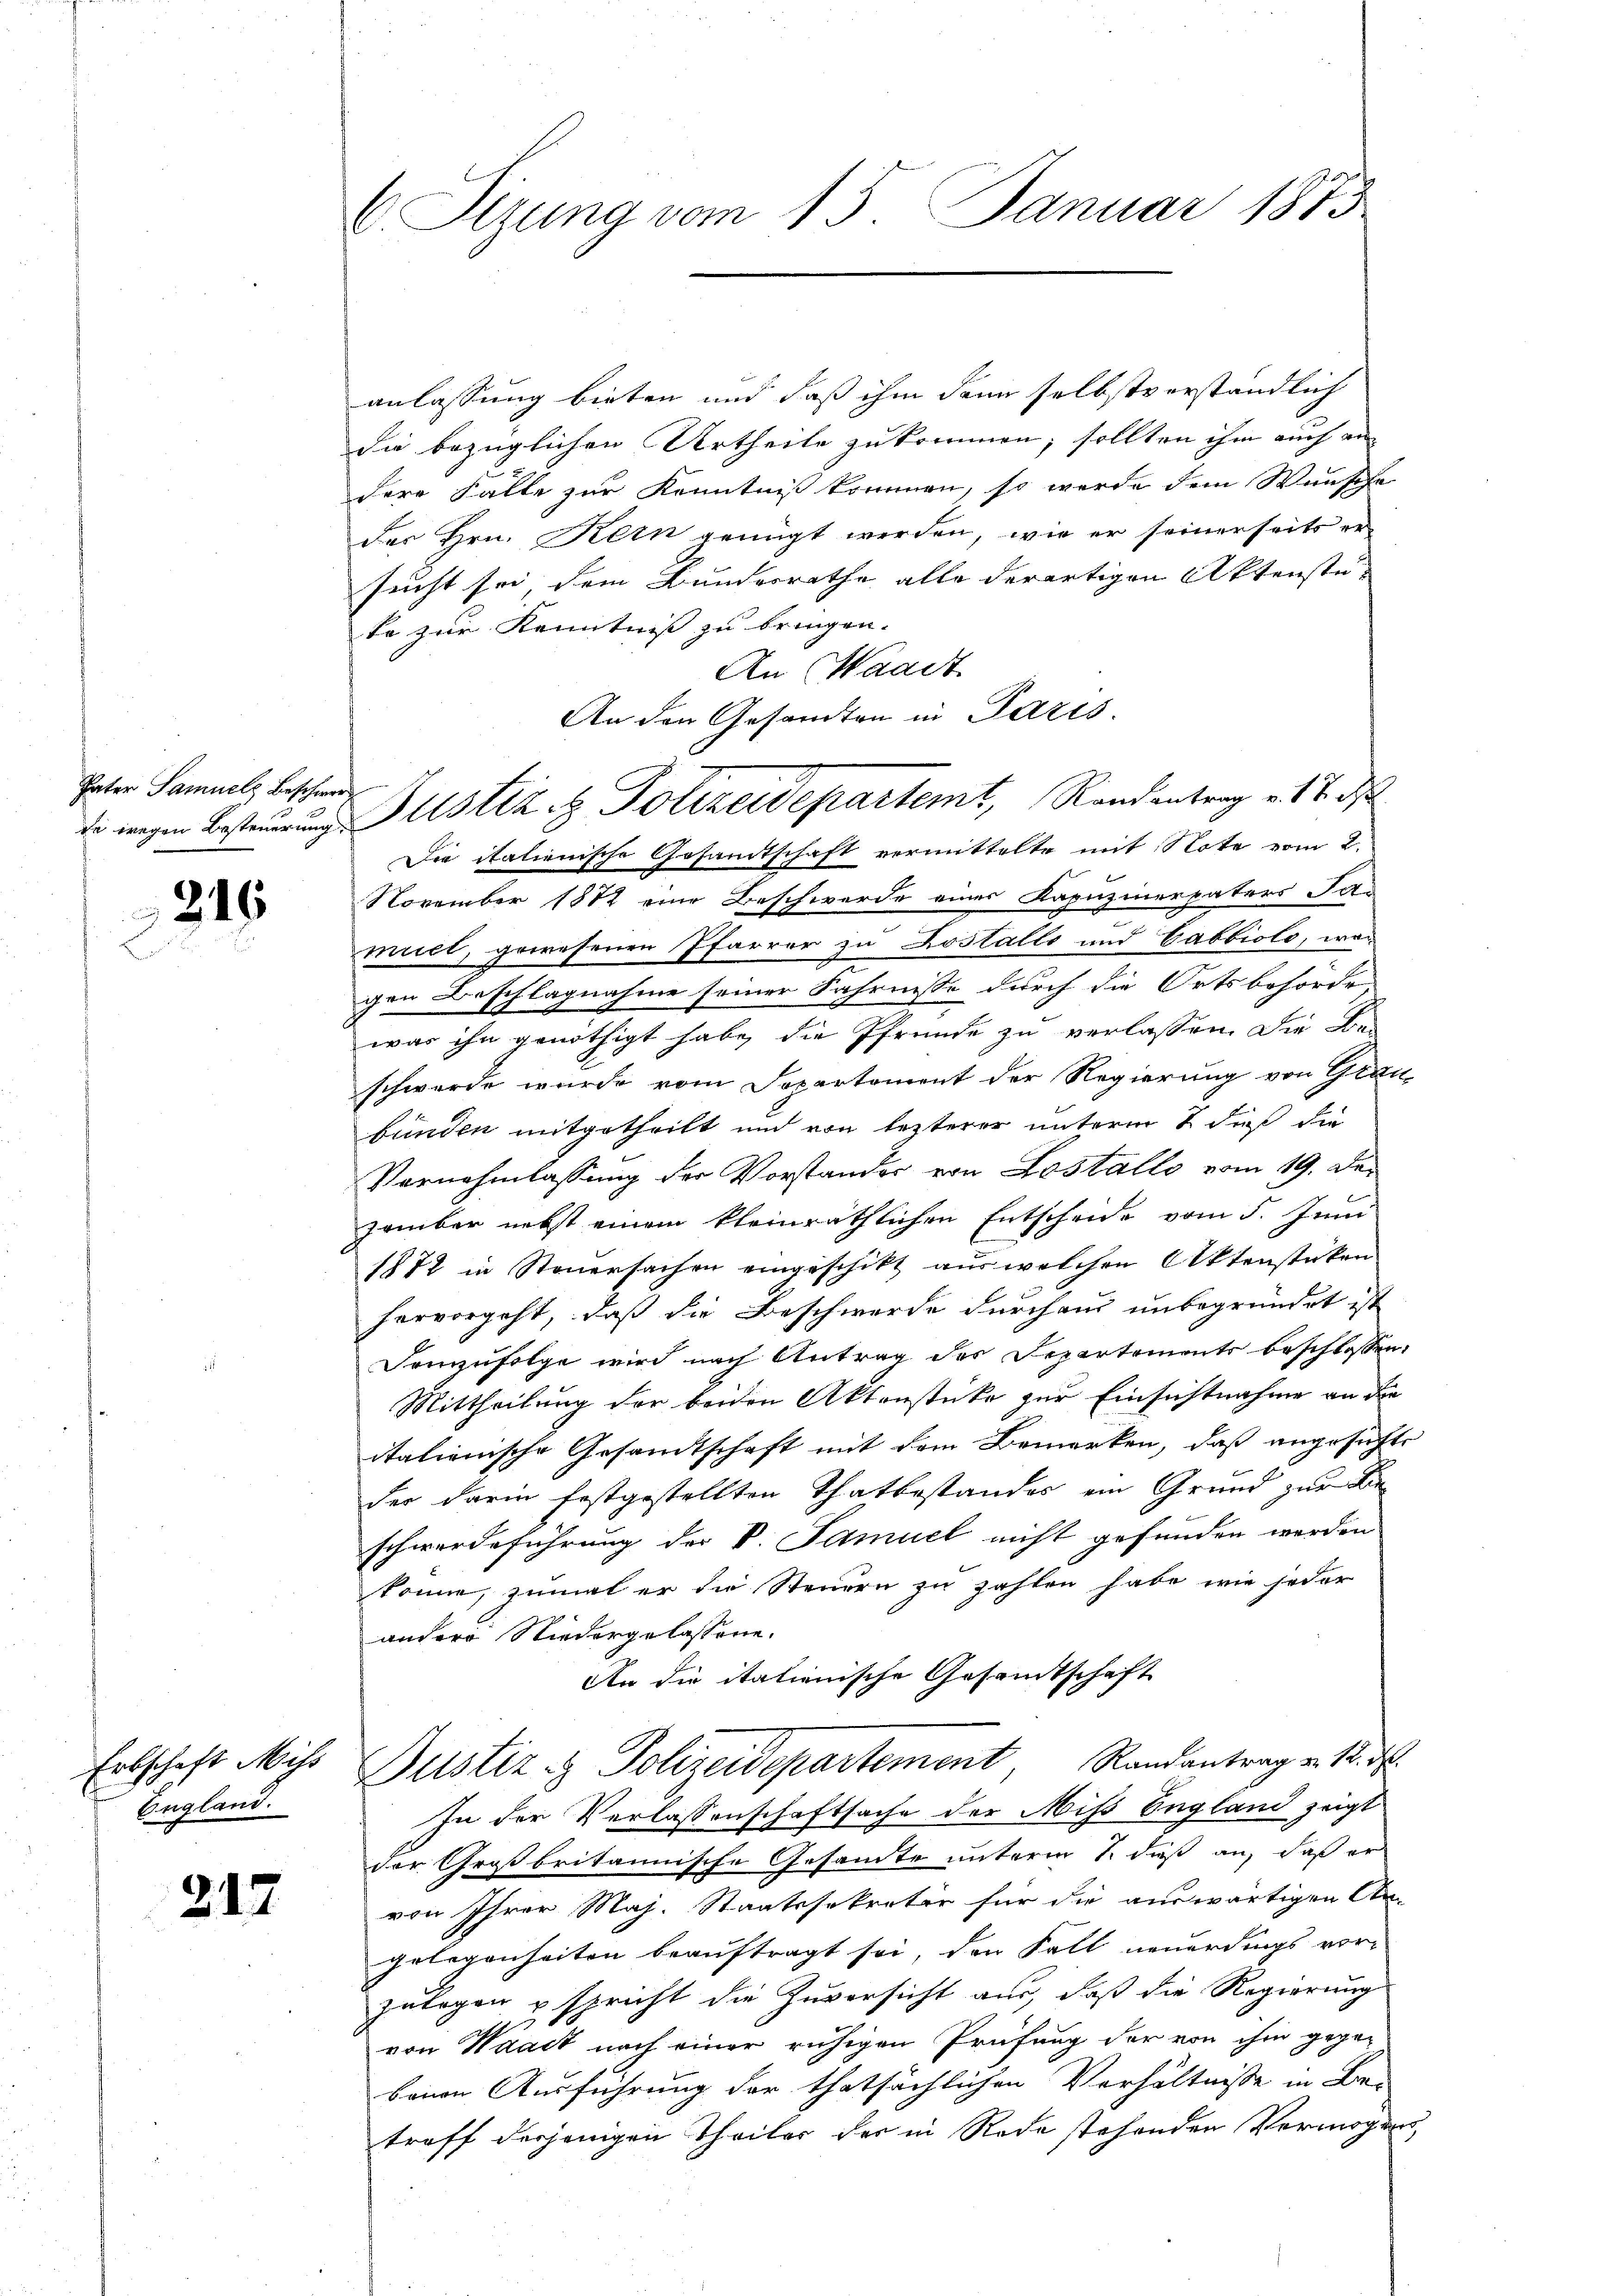
Vater Samuelz Beschwer¬

215

Erbschaft Miss
England.

217

C. Sizung vom 15. Januar 1873

anlassung bieten und daß ihm dann selbstverständlich
die bezüglichen Urtheile zu kommen; sollten ihm auch an
dere Fälle zur Kenntniß kommen, so werde dem Wunsche
der Hrn. Kein genügt werden, wie er seinerseits er-
sucht sei, dem Bundesrathe alle derartigen Aktenste- |
te zur Kenntniß zu bringen.
An Waadt
An den Gesandten in Paris.
c
Die italienische Gesandtschaft vermittelte mit Note vom 2.
November 1872 eine Beschwerde eines Kapuzinerpaters Ja-
miel, gewesenen Pfarrer zu Kostalte und Gabbiolo, wen
gen Beschlagnahme seiner Fahrnisse durch die Ortsbehörde,
was ihn genöthigt habe, die Pfrunde zu verlassen. Die Be-
schwerde wurde vom Departement der Regierung von Gläu-
bunden mitgetheilt und von lezterer unterm 2. dieß die
Vornahmlassung der Vorstander von Lostallo vom 19. Dezember nebst einem kleinräthlichen Entscheide vom 5. Juni
1872 in Steuersachen eingeschikt aus welchen Aktenstüken
hervorgeht, daß die Beschwerde durchaus unbegründet ist
Demzufolge wird nach Antrag des Departements beschlossen:
Mittheilung der beiden Aktenstücke zur Einsichtnahme an die
italienische Gesandtschaft mit dem Bemerken, daß angesichte
der darin festgestellten Thatbestandes ein Grund zur Beschwerdeführung der V. Samuel nicht gefunden werden
könne, zumal er die Steuern zu zahlen habe, wie jeder
andere Niedergelassene.
An die italienische Gesandtschaft
Justiz & Polizeidepartement, Randantrag v. 18. d.
In der Verlassenschaftsache der Miß England zeigt
der Großbritannische Gesamte unterm 1. dieß an, daß er
von Ihrer Maj. Staatssekretär für die auswärtigen An-
gelegenheiten beauftragt sei, den Fall neuerdings vorzulegen u spricht die Zuversicht aus, daß die Regierung
von Waadt nach einer ruhigen Prüfung der von ihm gege-
benen Ausführung der thatsächlichen Verhältnisse in Be-
treff desjenigen Theiler der in Rede stehenden Vermögen,

da wegen Bestimmung Justiz & Polizeidepartemt, Randentrag v. 7. ds